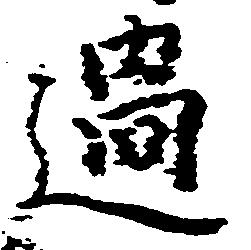
過